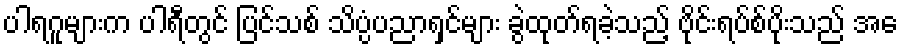
ပါရဂူများက ပါရီတွင် ပြင်သစ် သိပ္ပံပညာရှင်များ ခွဲထုတ်ရခဲ့သည့် ဗိုင်းရပ်စ်ပိုးသည် အေ